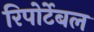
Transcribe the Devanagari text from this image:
रिपोर्टेबल